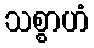
သစ္စာဟံ